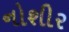
નોશીર